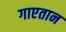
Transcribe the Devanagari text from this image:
गाएतान